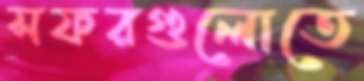
সফরগুলোতে